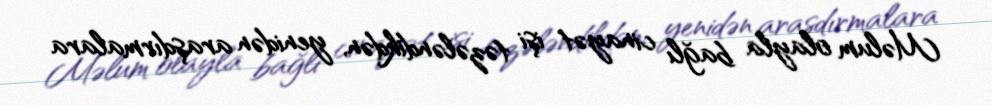
Məlum olayla bağlı cinayət işi təzələndikdən, yenidən araşdırmalara